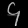
Digit: ၄